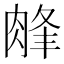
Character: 𦜁